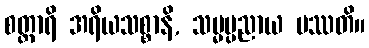
စတ္တာရိ အရိယသစ္စာနိ, သမ္မပ္ပညာယ ပဿတိ။